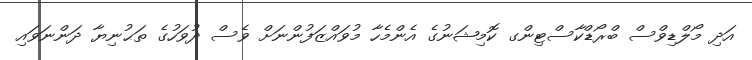
އަދި މޯލްޑިވްސް ބްރޯޑްކާސްޓިންގ ކޮމިޝަނުގެ އެންމެހާ މުވައްޒަފުންނަށް ވެސް ދުވަހުގެ ތަޙުނިޔާ ދަންނަވައި